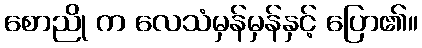
စောညို က လေသံမှန်မှန်နှင့် ပြော၏။